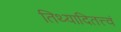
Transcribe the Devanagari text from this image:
तिथ्यादितत्त्वं